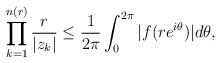
LaTeX: \begin{align*}\prod^{n(r)}_{k=1}\frac{r}{|z_k|}\leq \frac{1}{2\pi}\int^{2\pi}_0|f(re^{i\theta})|d \theta,\end{align*}